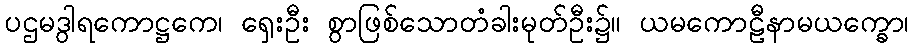
ပဌမဒွါရကောဋ္ဌကေ၊ ရှေးဦး စွာဖြစ်သောတံခါးမုတ်ဦး၌။ ယမကောဠီနာမယက္ခော၊